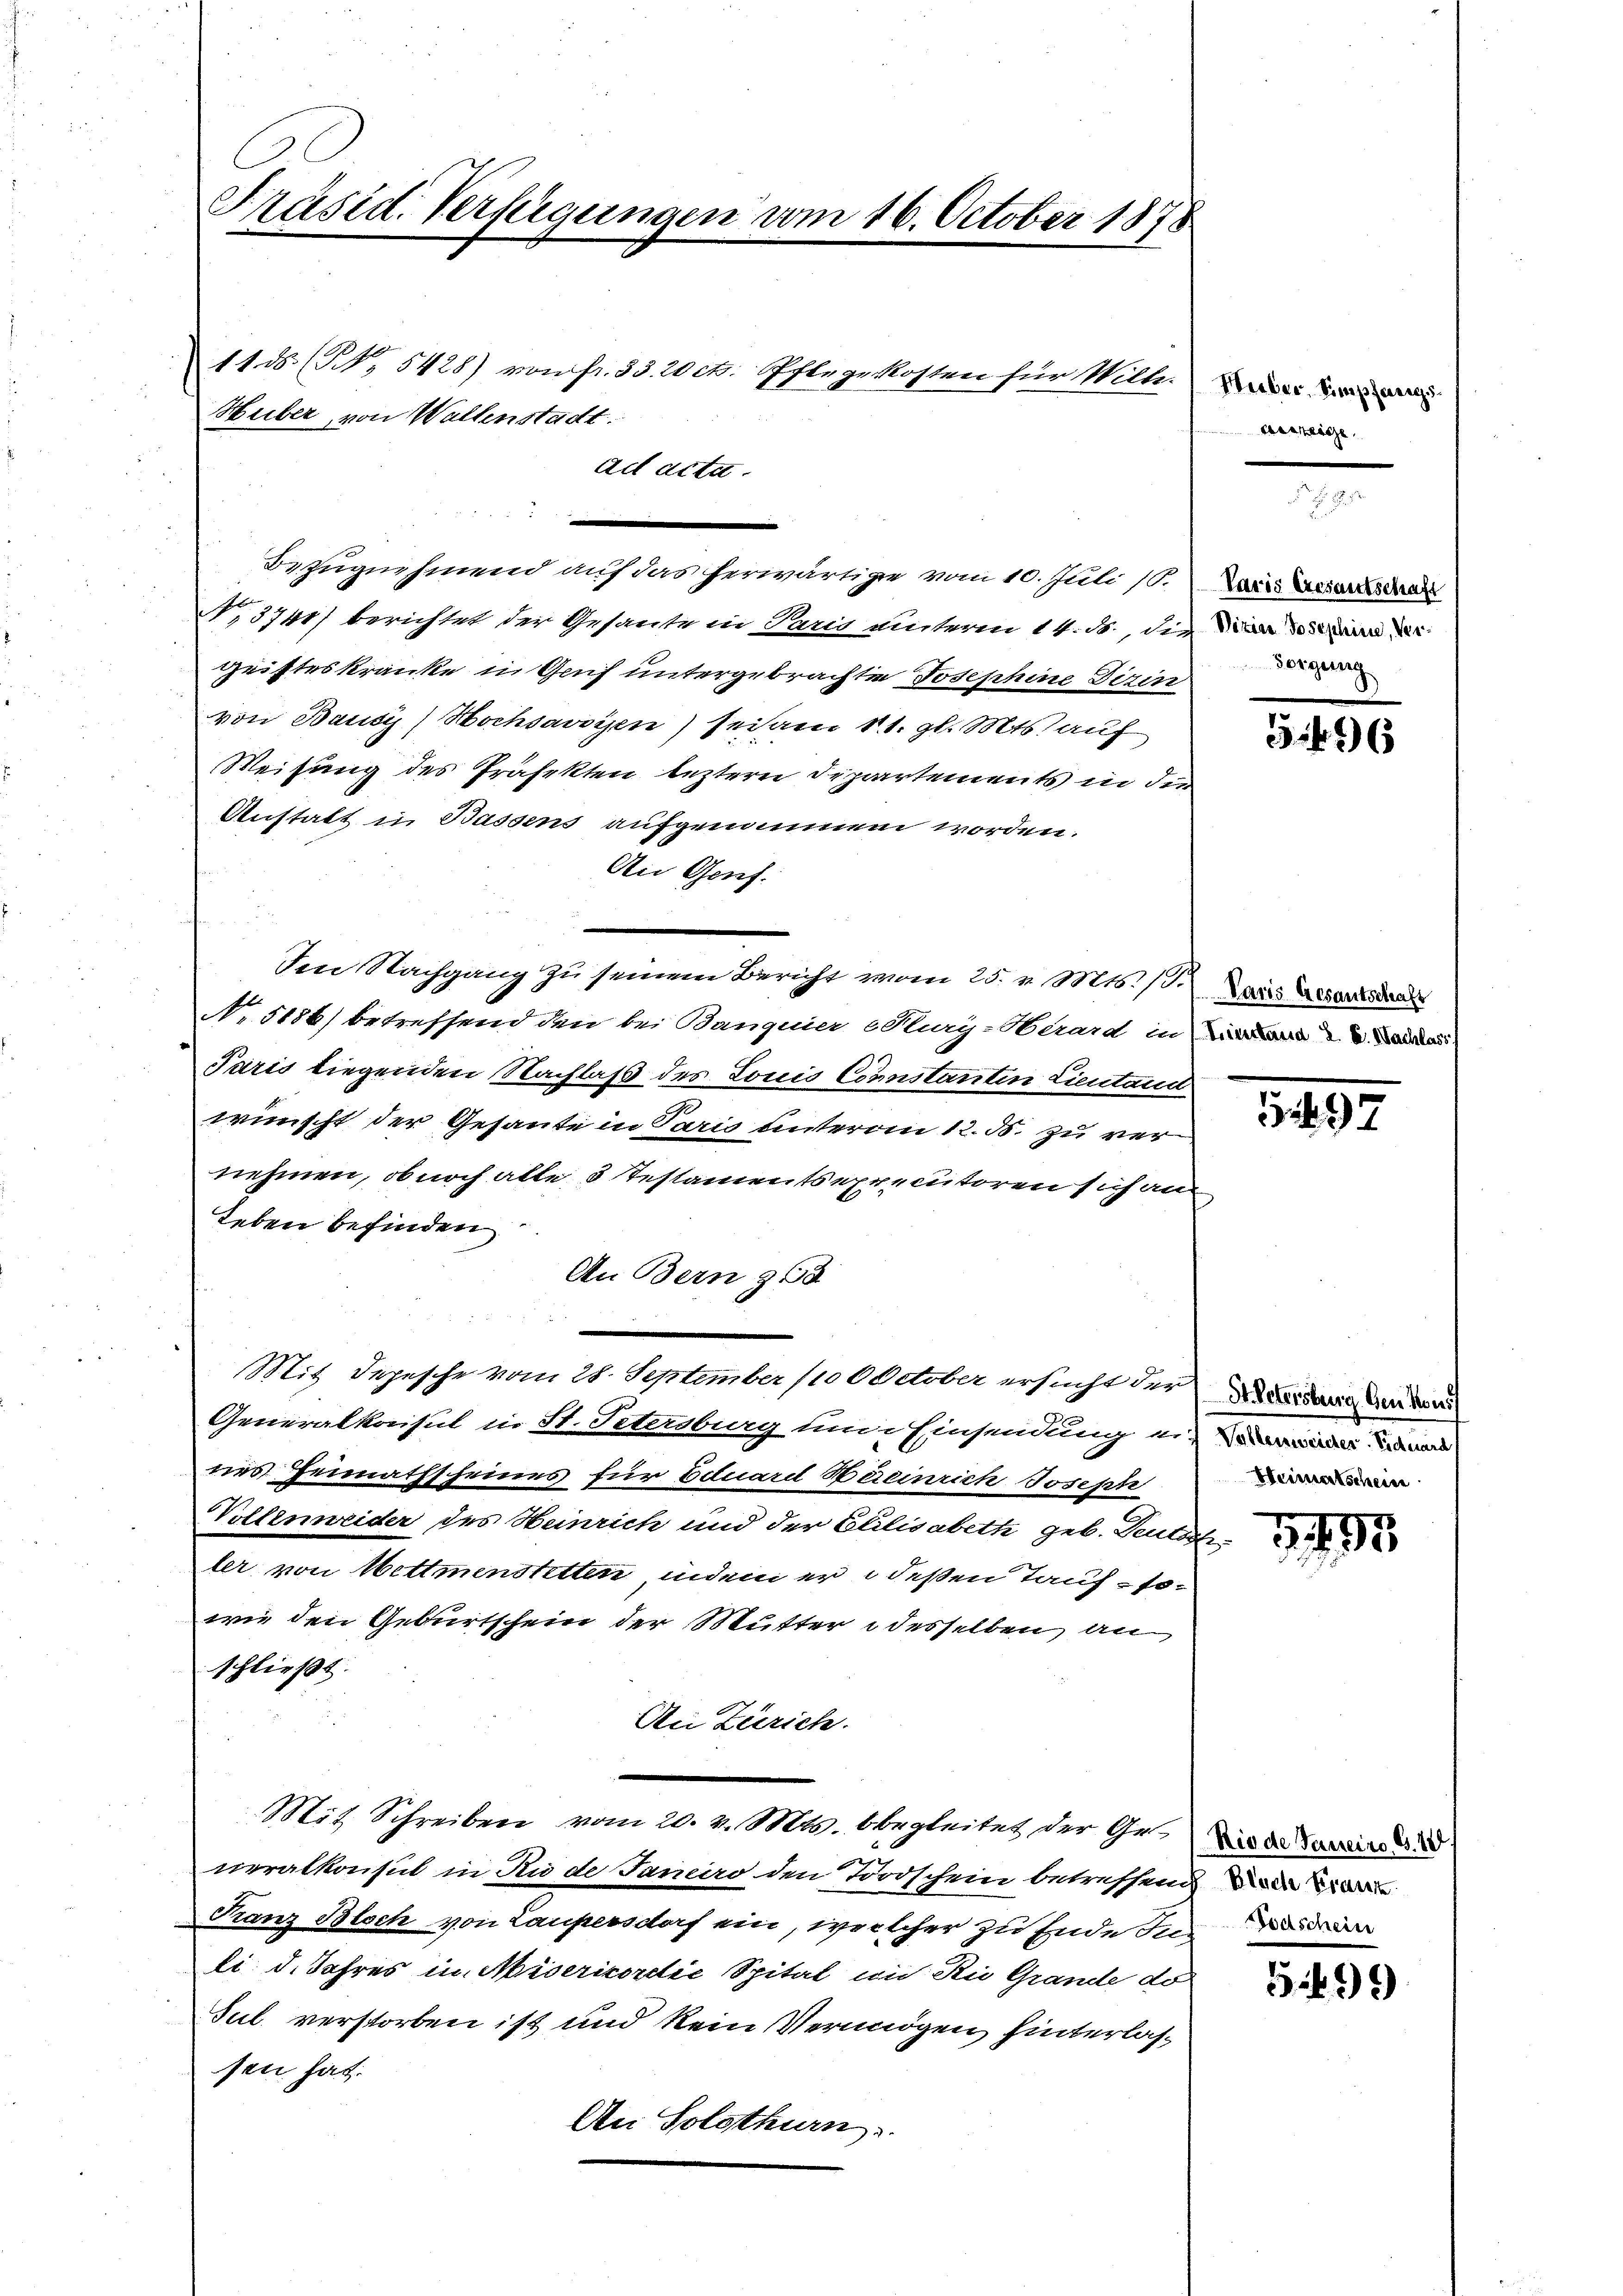
Präsid. Verfügungen vom 16. October 1878

ad acta.

11 d (N. 5428) von fr. 33. 20 ct. Pflege kosten für Wille.
Huber, von Waltenstadt.

Bezugnehmend auf das herwärtige vom 10. Juli (T. Der Veranschen
No. 3741) berichtet der Gesante in Paris unterm 14. M., die
Geisteskranke in Gruf untergebrachte Josephine Dirin
von Bausy) Hochsavoyen) sei am 11. gl. Mts. auf
Weisung des Präfekten leztere Departements in die
Anstalt in Bassens aufgenommen worden.
An Genf.
den Nachgang zu seinem Bericht vom 25. v. Mts. (T. Die Gese
No. 5186) betreffend den bei Bangnier (Kury-Herard in Wird de
Paris liegenden Nachlaß des Louis Connstanten Lieutand
wünscht der Gesante in Paris unterm 12. ds. zu ver
nehmen, ob noch alle 3 Testaments executoren sich an
Leben befinden
An Bern 363
Mit Depesche vom 28. September 110 October ersucht der Verdung und drau
Generalkasul in St. Petersburg um Einsendung einin, was
nes Heimathscheines für Eduard Heinrich Josepi
Volleneider des Heinrich und der Elisabeth geb. Galle
ler von Mettmenstetten, indem er deßen Taufsowie den Geburtschein der Mutter desselben, an
schließt.
An Zürich.
Mit Schreiben vom 20. v. Mts. begleitet der Ge¬ inde d
neralkonsul in Rude Janeiro den Todschein betreffend die
Franz Bloch von Laupersdorf ein, welcher zu Ende inde
li d. Jahres in Miserikordie Spital im Rie Grande de
Sul verstorben ist und kein Vermögen hinterlassen hat.
An Solothurn.

Heiber, Simpfarrg
verreiche

Forgung

396

597

Heimatschein

5499